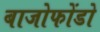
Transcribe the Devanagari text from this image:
बाजोफोंडो